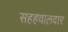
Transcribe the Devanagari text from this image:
सहहवालदार